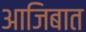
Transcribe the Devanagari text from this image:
आजिबात